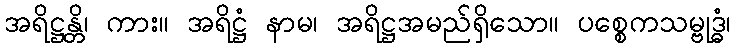
အရိဋ္ဌန္တိ၊ ကား။ အရိဋ္ဌံ နာမ၊ အရိဋ္ဌအမည်ရှိသော။ ပစ္စေကသမ္ဗုဒ္ဓံ၊